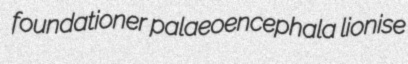
foundationer palaeoencephala lionise